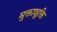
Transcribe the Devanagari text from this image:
मुक्ताशुक्ति